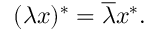
( \lambda x ) ^ { * } = { \overline { { \lambda } } } x ^ { * } .